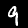
Digit: 9